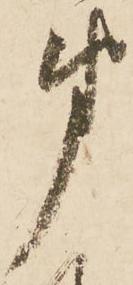
第